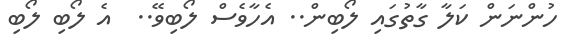
ހުންނަން ކަލާ ގާތުގައި ލޯބިން.. އެހާވެސް ލޯބިވޭ..  އެ ލޯބި ލޯބި